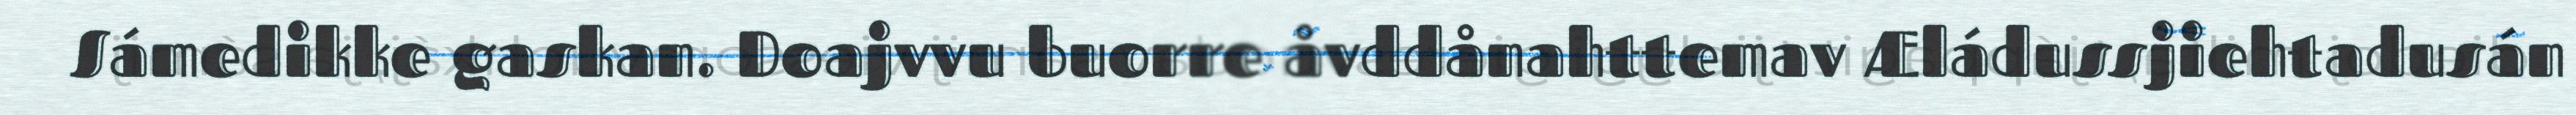
Sámedikke gaskan. Doajvvu buorre åvddånahttemav Æládussjiehtadusán